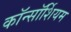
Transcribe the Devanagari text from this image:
कॉन्सॉर्शियम